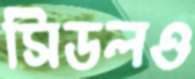
সিডলও